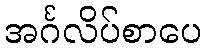
အင်္ဂလိပ်စာပေ